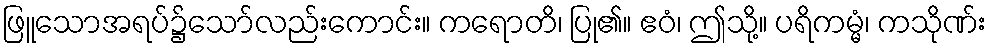
ဖြူသောအရပ်၌သော်လည်းကောင်း။ ကရောတိ၊ ပြု၏။ ဧဝံ၊ ဤသို့။ ပရိကမ္မံ၊ ကသိုဏ်း